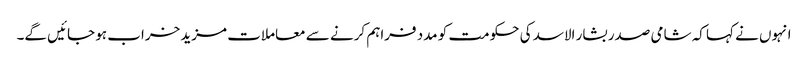
انہوں نے کہا کہ شامی صدر بشار الاسد کی حکومت کو مدد فراہم کرنے سے معاملات مزید خراب ہو جائیں گے۔